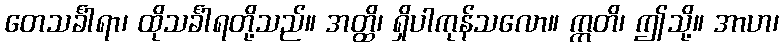
တေသင်္ခါရာ၊ ထိုသင်္ခါရတို့သည်။ အတ္ထိ၊ ရှိပါကုန်သလော။ ဣတိ၊ ဤသို့။ အာဟ၊